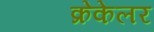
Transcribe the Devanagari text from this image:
क्रेकेलर